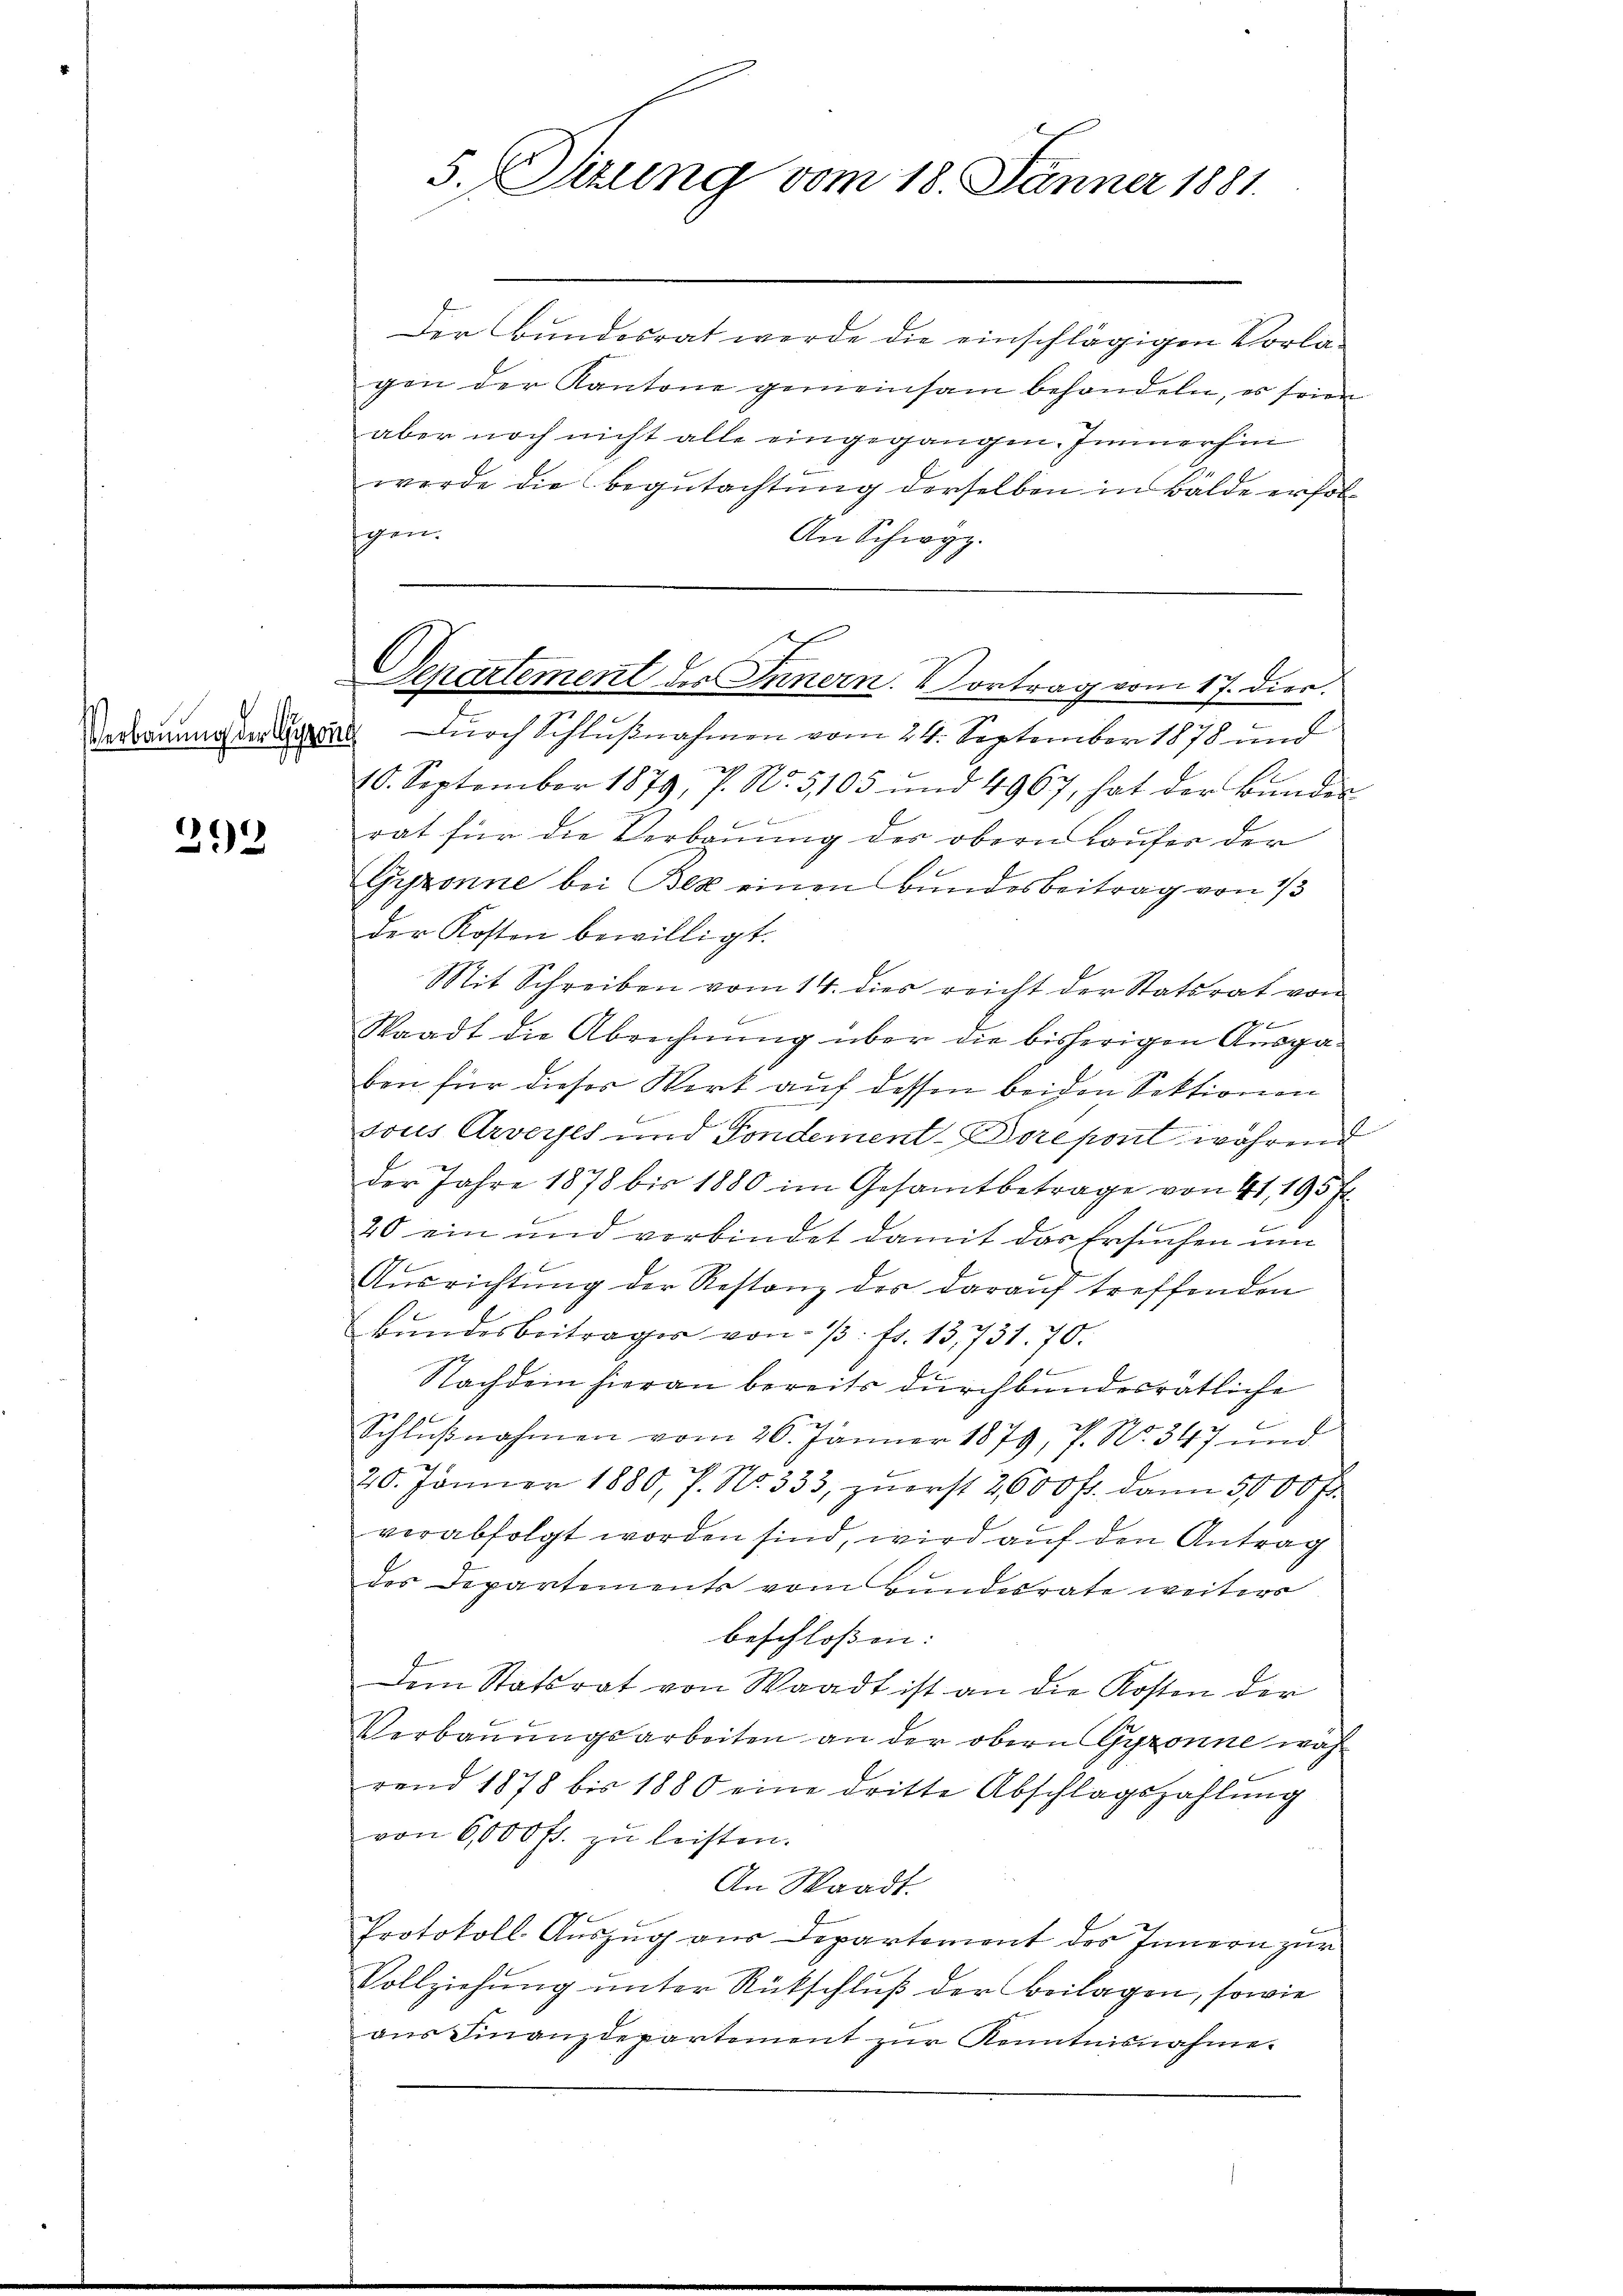
e
332

5. (Situng vom 18. Jänner 1881.

Der Bundesrat werde die einschlägigen Vorlagen der Kantone gemeinsam behandeln, es sein
aber noch nicht alle eingegangen. Immerhin
werde die begutachtung derselben in Bälde erfolpen.
An Schwyz.
2
10. September 1879, 7. No. 5, 105 und 4967, hat der Bunden
rat für die Verbauung der obern Laufer der
Gyponne bei Bex einen Bundesbeitrag von 1/3
der Kosten bewilligt.
Mit Schreiben vom 14. dies reicht der Statsrat von

Staadt die Abrechnŭng über die bisherigen Ausgaben für dieser Wort auf dessen beiden Sektionen
sous Arverses und Fondement-Doreport während
der Jahre 1878 bis 1880 im Gesamtbetrage von 41, 195 f
20 ein und verbindet damit das Ersuchen um
Aŭsrichtŭng der Restanz der darauf treffenden
Bŭndesbeitrages von 1. fr. 13,731. 70.

Nachdem hieran bereits durchbundesrätliche
Schlußnahmen vom 26. Jänner 1879, P. No. 347 und
20. Jänner 1880, P. Nr. 333, zuerst 2600 fl. dann 5000 Fr.
verabfolgt worden sind, wird auf den Antrag
des Departements vom Bundesrate weiters
beschlossen:
Dem Statsrat von Waadt ist an die Kosten der
Verbauungsarbeiten an der obern Gyponne wah
rend 1878 bis 1880 eine dritte Abschlagszahlung
von 6000 fr. zŭ leisten.
An Waadt.
Protokoll Auszug aus Departement des Innern zur
Vollziehung unter Rückschluß der Beilagen, sowie
aus Finanzdepartement zur Kenntnisnahme.

h
l
Separtement des Innern. Vortrag vom 17. Dier.
Versammestatthal noch Schlußnahmen vom 24. September 1878 und